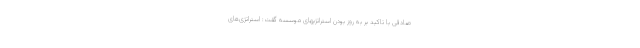
صادقی با تاکید بر به روز بودن استراتژیهای موسسه گفت: استراتژی‌های